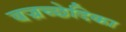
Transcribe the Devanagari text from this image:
बज्रच्छेदिका